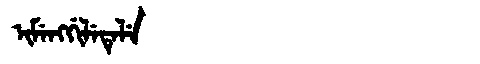
Manchu: ᡳᠮᡝᠩᡤᡳᠯᡝᡨᡝᠯᡝ
Romanization: IMENGGILETELE